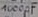
Text: 100µF